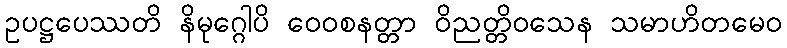
ဥပဋ္ဌပေဿတိ နိမုဂ္ဂေါပိ ဝေဝစနတ္တာ ဝိညတ္တိဝသေန သမာဟိတမေဝ